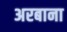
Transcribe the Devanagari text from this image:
अरबाना